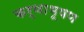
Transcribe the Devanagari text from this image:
कर्णाभूषण